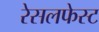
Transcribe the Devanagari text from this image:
रेसलफेस्ट